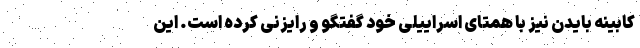
کابینه بایدن نیز با همتای اسراییلی خود گفتگو و رایزنی کرده است. این